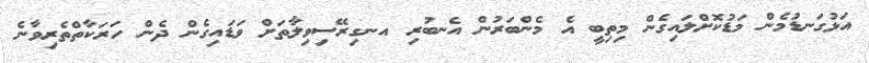
އަޅުގަނޑުމެން މަޑުކޮށްލައިގެން މިތިބީ އެ މެންބަރުން އެނބުރި އނގިރޭސިވިލާތަށް ވަޑައިގެން ދެން ހަރަކާތްތެރިވާނެ